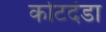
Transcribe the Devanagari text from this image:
कोटदंडा